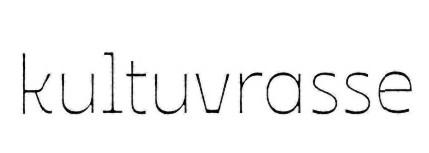
kultuvrasse